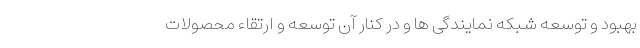
بهبود و توسعه شبکه نمایندگی ها و در کنار آن توسعه و ارتقاء محصولات